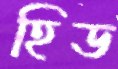
হিড